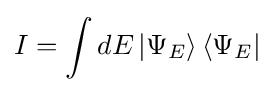
I=\int dE\left|\Psi _{E}\right\rangle \left\langle \Psi _{E}\right|